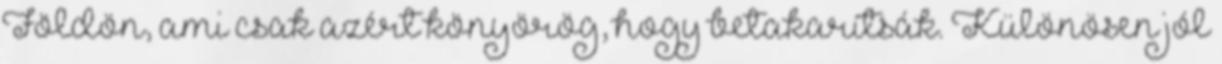
Földön, ami csak azért könyörög, hogy betakarítsák. Különösen jól